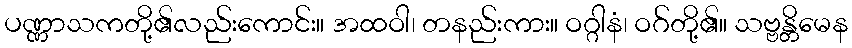
ပဏ္ဏာသကတို့၏လည်းကောင်း။ အထဝါ၊ တနည်းကား။ ဝဂ္ဂါနံ၊ ဝဂ်တို့၏။ သဗ္ဗန္တိမေန